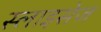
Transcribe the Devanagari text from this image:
स्लाइसेज